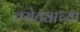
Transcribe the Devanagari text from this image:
तरोट्याच्या